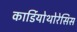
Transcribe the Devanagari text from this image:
कार्डियोथोरेसिस